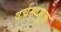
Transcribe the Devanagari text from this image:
वर्चस्वमुक्त